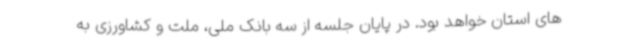
های استان خواهد بود. در پایان جلسه از سه بانک ملی، ملت و کشاورزی به